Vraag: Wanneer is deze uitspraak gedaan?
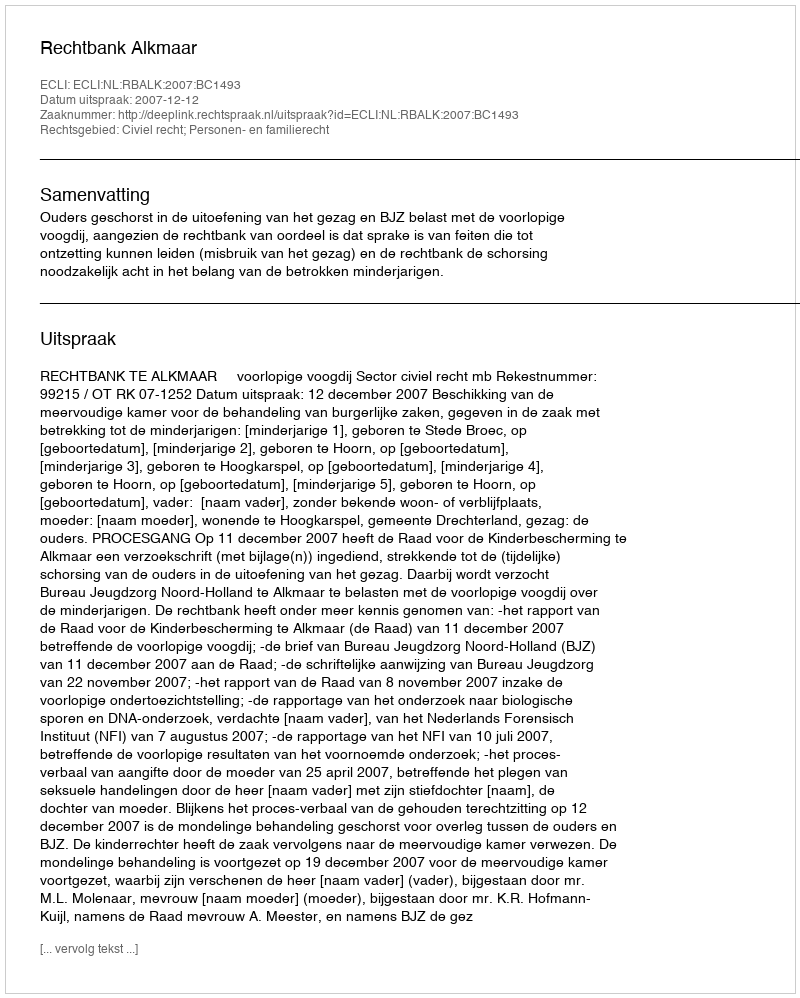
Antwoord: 2007-12-12